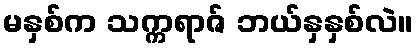
မနှစ်က သက္ကရာဇ် ဘယ်နှနှစ်လဲ။